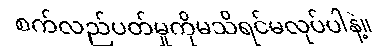
စက်လည်ပတ်မှုကိုမသိရင်မလုပ်ပါနဲ့။